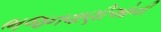
ભજનવાણીઓની